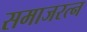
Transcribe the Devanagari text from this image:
समाजरत्न